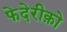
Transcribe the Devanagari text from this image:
फेदेरीक़ो